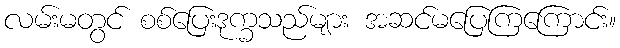
လမ်းမတွင် စစ်ပြေးဒုက္ခသည်များ အဆင်မပြေကြကြောင်း။